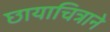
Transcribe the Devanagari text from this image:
छायाचित्राने